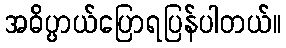
အဓိပ္ပာယ်ပြောရပြန်ပါတယ်။